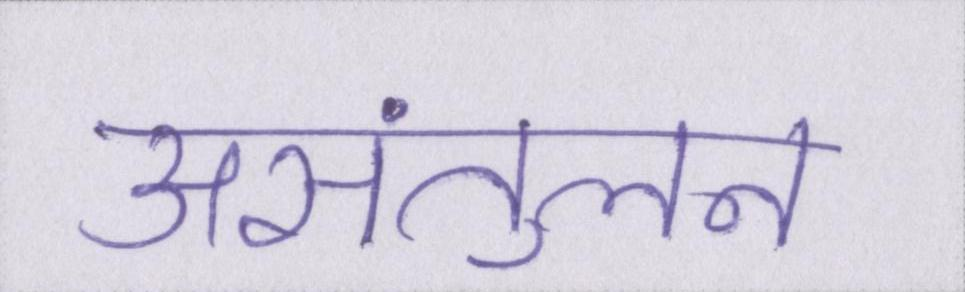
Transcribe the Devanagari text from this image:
असंतुलन